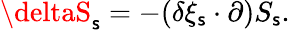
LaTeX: \deltaS_{\mathsf{s}}=-(\delta\xi_{\mathsf{s}}\cdot\partial)S_{\mathsf{s}}.